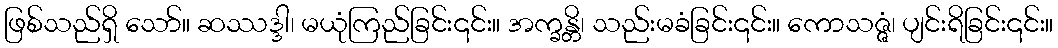
ဖြစ်သည်ရှိ သော်။ ဆဿဒ္ဒါ၊ မယုံကြည်ခြင်း၎င်း။ အက္ခန္တိ၊ သည်းမခံခြင်း၎င်း။ ကောသဇ္ဇံ၊ ပျင်းရိခြင်း၎င်း။